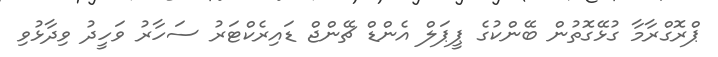
ޕްރޮގްރާމާ ގުޅޭގޮތުން ބޭންކުގެ ޕީޕަލް އެންޑް ޗޭންޖް ޑައިރެކްޓަރު ސަހާރު ވަހީދު ވިދާޅުވި